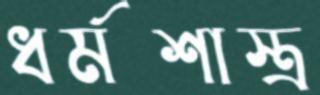
ধর্মশাস্ত্র